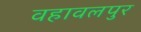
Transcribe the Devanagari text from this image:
वहावलपुर